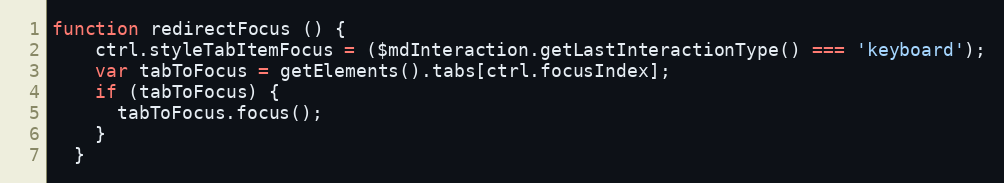
Language: JavaScript
function redirectFocus () {
    ctrl.styleTabItemFocus = ($mdInteraction.getLastInteractionType() === 'keyboard');
    var tabToFocus = getElements().tabs[ctrl.focusIndex];
    if (tabToFocus) {
      tabToFocus.focus();
    }
  }